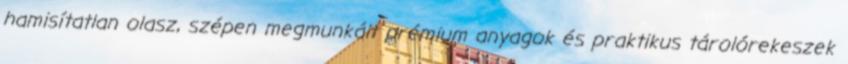
hamisítatlan olasz, szépen megmunkált prémium anyagok és praktikus tárolórekeszek